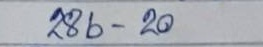
286 - 20